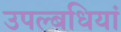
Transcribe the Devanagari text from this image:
उपल्बधियां